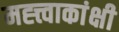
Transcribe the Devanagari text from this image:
मह्त्त्वाकांक्षी